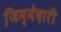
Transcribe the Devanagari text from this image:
जि़म्मेदारी